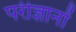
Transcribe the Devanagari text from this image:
परीज्ञानों